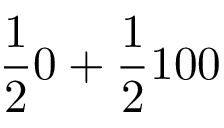
{ \frac { 1 } { 2 } } 0 + { \frac { 1 } { 2 } } 1 0 0